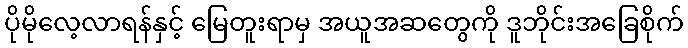
ပိုမိုလေ့လာရန်နှင့် မြေတူးရာမှ အယူအဆတွေကို ဒူဘိုင်းအခြေစိုက်